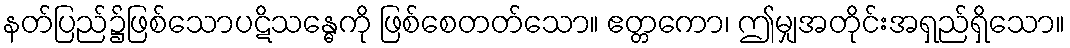
နတ်ပြည်၌ဖြစ်သောပဋိသန္ဓေကို ဖြစ်စေတတ်သော။ ဧတ္တကော၊ ဤမျှအတိုင်းအရှည်ရှိသော။